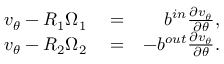
\begin{array} { r l r } { v _ { \theta } - R _ { 1 } \Omega _ { 1 } } & { { } = } & { b ^ { i n } \frac { \partial v _ { \theta } } { \partial \theta } , } \\ { v _ { \theta } - R _ { 2 } \Omega _ { 2 } } & { { } = } & { - b ^ { o u t } \frac { \partial v _ { \theta } } { \partial \theta } . } \end{array}